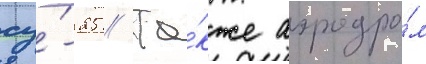
су́-25 // Та́кже аэродро́м